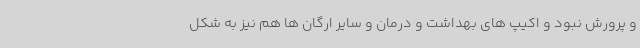
و پرورش نبود و اکیپ های بهداشت و درمان و سایر ارگان ها هم نیز به شکل